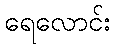
ရေလောင်း